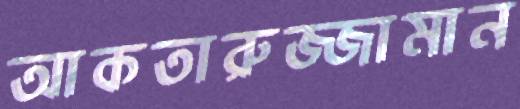
আকতারুজ্জামান